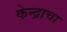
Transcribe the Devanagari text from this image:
केन्द्राचा